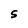
Character: 5